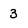
Character: 3